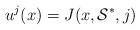
LaTeX: \begin{align*}u^j(x)=J(x,\mathcal{S}^*,j)\end{align*}